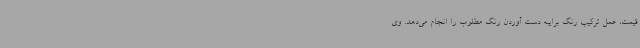
قیمت، عمل ترکیب رنگ برایبه دست آوردن رنگ مطلوب را انجام می‌دهد. وی